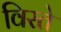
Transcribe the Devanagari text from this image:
विरते